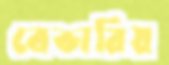
বেভারিয়